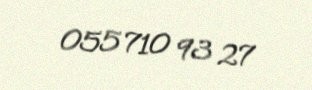
055 710 93 27